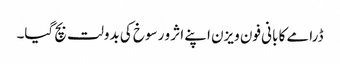
ڈرامے کا بانی فون ویزن اپنے اثر و رسوخ کی بدولت بچ گیا۔